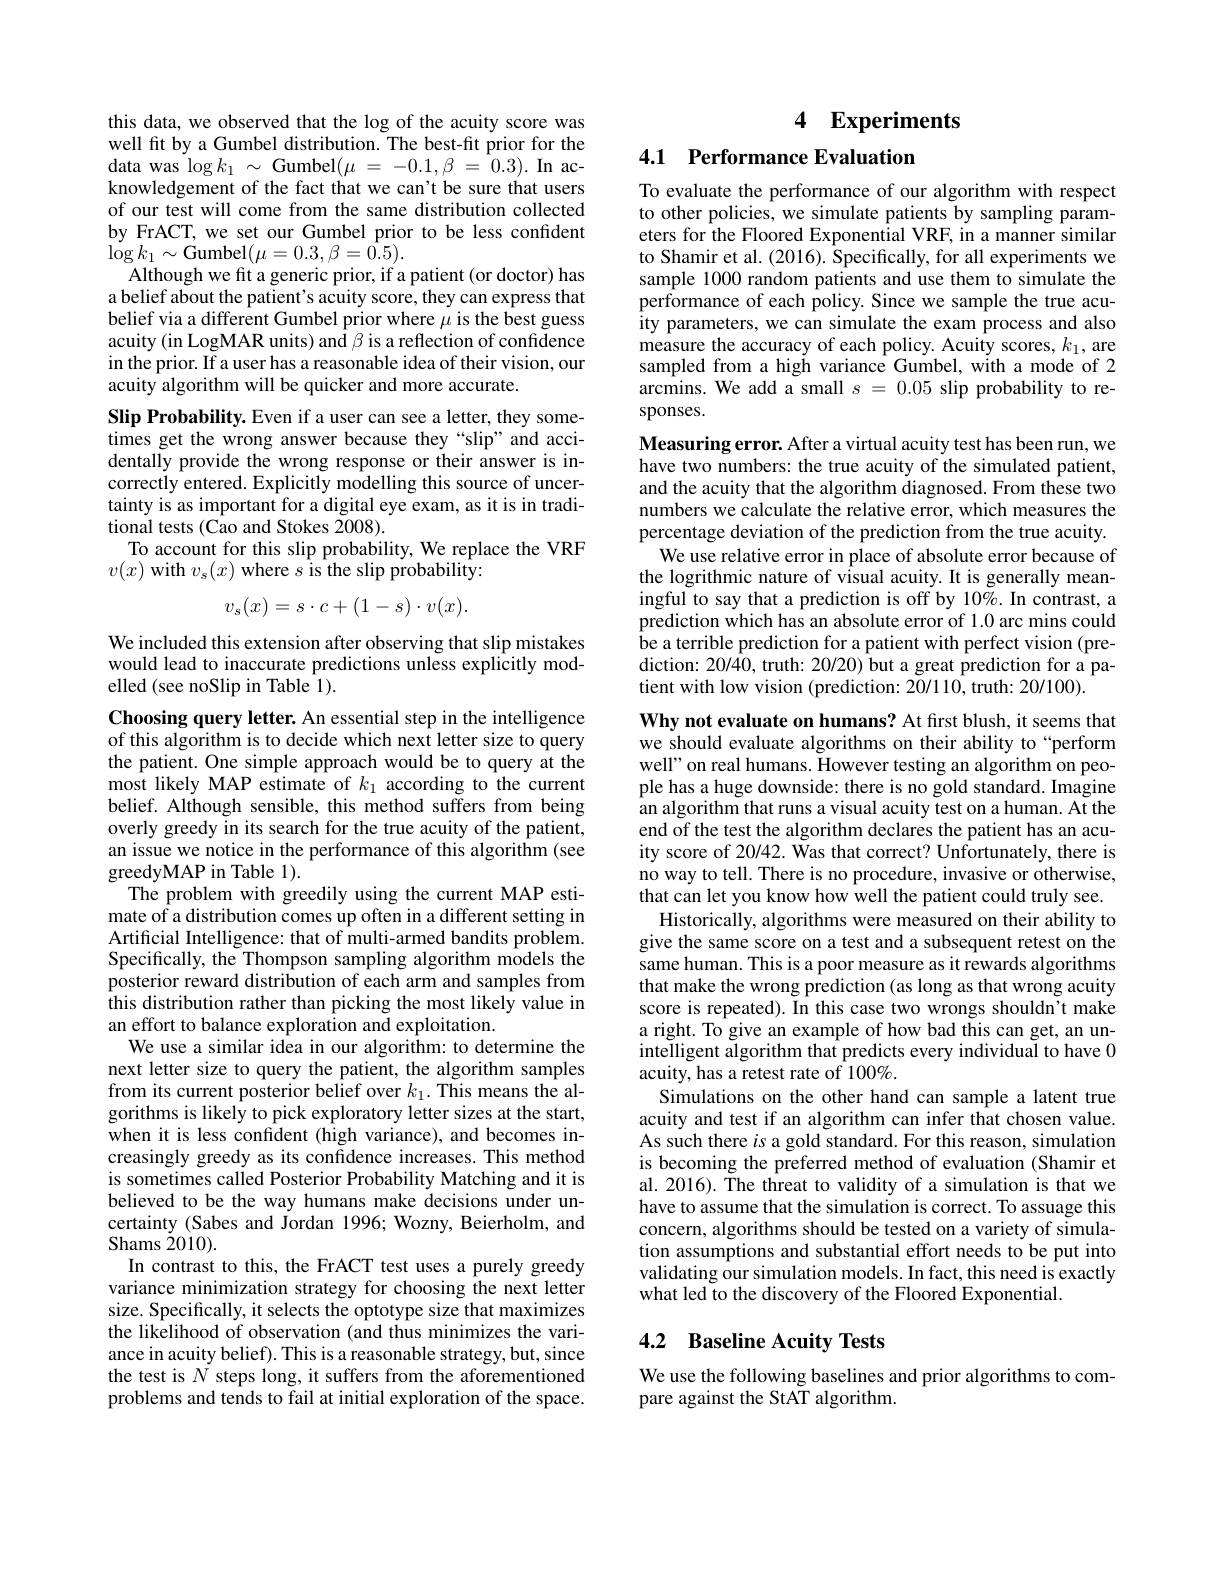
this data, we observed that the log of the acuity score was well fit by a Gumbel distribution. The best-fit prior for the data was $\log k_{1}\sim$Gumbel$( \mu$ = $- 0. 1, \beta$ = 0.3). In acknowledgement of the fact that we can't be sure that users of our test will come from the same distribution collected by FrACT, we set our Gumbel prior to be less confident $\log k_{1}\sim$Gumbel$(\mu=0.3,\beta=\bar{0.5}).$
Although we fit a generic prior, if a patient (or doctor) has a belief about the patient's acuity score, they can express that belief via a different Gumbel prior where $\mu$ is the best guess acuity (in LogMAR units) and $\beta$ is a reflection of confidence in the prior. If a user has a reasonable idea of their vision, our acuity algorithm will be quicker and more accurate.
Slip Probability. Even if a user can see a letter, they sometimes get the wrong answer because they“slip”and accidentally provide the wrong response or their answer is incorrectly entered. Explicitly modelling this source of uncertainty is as important for a digital eye exam, as it is in traditional tests (Cao and Stokes 2008).
To account for this slip probability, We replace the VRF
$v(x)$ with $v_s(x)$ where $s$ is the slip probability:
$$v_s(x)=s\cdot c+(1-s)\cdot v(x).$$
We included this extension after observing that slip mistakes would lead to inaccurate predictions unless explicitly modelled (see noSlip in Table 1).

Choosing query letter. An essential step in the intelligence of this algorithm is to decide which next letter size to query the patient. One simple approach would be to query at the most likely MAP estimate of $k_1$ according to the current belief. Although sensible, this method suffers from being overly greedy in its search for the true acuity of the patient, an issue we notice in the performance of this algorithm (see greedyMAP in Table 1).
The problem with greedily using the current MAP estimate of a distribution comes up often in a different setting in Artificial Intelligence: that of multi-armed bandits problem. Specifically, the Thompson sampling algorithm models the posterior reward distribution of each arm and samples from this distribution rather than picking the most likely value in an effort to balance exploration and exploitation.
We use a similar idea in our algorithm: to determine the next letter size to query the patient, the algorithm samples from its current posterior belief over $k_1.$ This means the algorithms is likely to pick exploratory letter sizes at the start, when it is less confident (high variance), and becomes increasingly greedy as its confidence increases. This method is sometimes called Posterior Probability Matching and it is believed to be the way humans make decisions under uncertainty (Sabes and Jordan 1996; Wozny, Beierholm, and Shams $\ddot{2}010).$
In contrast to this, the FrACT test uses a purely greedy variance minimization strategy for choosing the next letter size. Specifically, it selects the optotype size that maximizes the likelihood of observation (and thus minimizes the variance in acuity belief). This is a reasonable strategy, but, since the test is $N$ steps long, it suffers from the aforementioned problems and tends to fail at initial exploration of the space.

## 4 Experiments

4.1 Performance Evaluation

To evaluate the performance of our algorithm with respect to other policies, we simulate patients by sampling parameters for the Floored Exponential VRF, in a manner similar to Shamir et al. (2016). Specifically, for all experiments we sample 1000 random patients and use them to simulate the performance of each policy. Since we sample the true acuity parameters, we can simulate the exam process and also measure the accuracy of each policy. Acuity scores, $k_1$, are sampled from a high variance Gumbel, with a mode of 2 arcmins. We add a small $s=0.05$ slip probability to responses.

Measuring error. After a virtual acuity test has been run, we have two numbers: the true acuity of the simulated patient, and the acuity that the algorithm diagnosed. From these two numbers we calculate the relative error, which measures the percentage deviation of the prediction from the true acuity.
We use relative error in place of absolute error because of the logrithmic nature of visual acuity. It is generally meaningful to say that a prediction is off by 10%. In contrast, a prediction which has an absolute error of 1.0 arc mins could be a terrible prediction for a patient with perfect vision (prediction: 20/40, truth: 20/20) but a great prediction for a patient with low vision (prediction: 20/110, truth: 20/100).

Why not evaluate on humans? At first blush, it seems that we should evaluate algorithms on their ability to“perform well" on real humans. However testing an algorithm on people has a huge downside: there is no gold standard. Imagine an algorithm that runs a visual acuity test on a human. At the end of the test the algorithm declares the patient has an acuity score of 20/42. Was that correct? Unfortunately, there is no way to tell. There is no procedure, invasive or otherwise, that can let you know how well the patient could truly see.
Historically, algorithms were measured on their ability to give the same score on a test and a subsequent retest on the same human. This is a poor measure as it rewards algorithms that make the wrong prediction (as long as that wrong acuity score is repeated). In this case two wrongs shouldn't make a right. To give an example of how bad this can get, an unintelligent algorithm that predicts every individual to have 0 acuity, has a retest rate of 100%.
Simulations on the other hand can sample a latent true acuity and test if an algorithm can infer that chosen value. As such there $i$s a gold standard. For this reason, simulation is becoming the preferred method of evaluation (Shamir et al. 2016). The threat to validity of a simulation is that we have to assume that the simulation is correct. To assuage this concern, algorithms should be tested on a variety of simulation assumptions and substantial effort needs to be put into validating our simulation models. In fact, this need is exactly what led to the discovery of the Floored Exponential.

## 4.2 Baseline Acuity Tests

We use the following baselines and prior algorithms to com-
pare against the StAT algorithm.